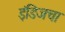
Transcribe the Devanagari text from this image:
इंडिजचा